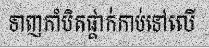
ទាញកាំបិតផ្គាក់កាប់ទៅលើ